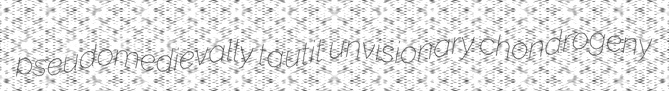
pseudomedievally tautit unvisionary chondrogeny